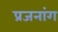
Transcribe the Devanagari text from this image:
प्रजनांग